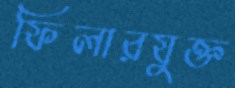
ফিলারযুক্ত